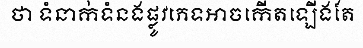
ថា ទំនាក់ទំនងផ្លូវភេទអាចកើតឡើងតែ